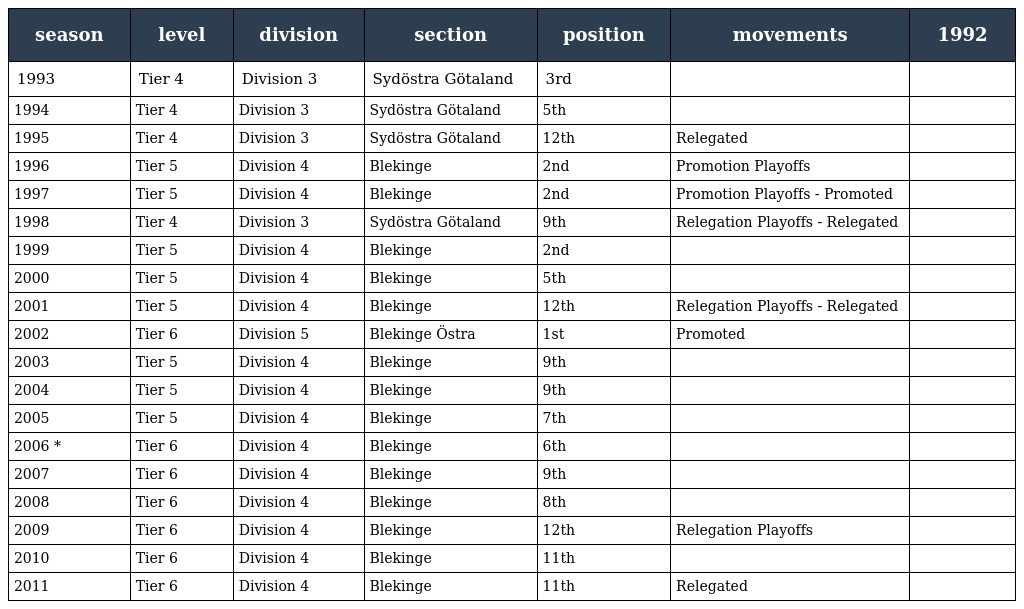
| season | level | division | section | position | movements | 1992 |
 | --- | --- | --- | --- | --- | --- | --- |
 | 1993 | Tier 4 | Division 3 | Sydöstra Götaland | 3rd |  |  |
 | 1994 | Tier 4 | Division 3 | Sydöstra Götaland | 5th |  |  |
 | 1995 | Tier 4 | Division 3 | Sydöstra Götaland | 12th | Relegated |  |
 | 1996 | Tier 5 | Division 4 | Blekinge | 2nd | Promotion Playoffs |  |
 | 1997 | Tier 5 | Division 4 | Blekinge | 2nd | Promotion Playoffs - Promoted |  |
 | 1998 | Tier 4 | Division 3 | Sydöstra Götaland | 9th | Relegation Playoffs - Relegated |  |
 | 1999 | Tier 5 | Division 4 | Blekinge | 2nd |  |  |
 | 2000 | Tier 5 | Division 4 | Blekinge | 5th |  |  |
 | 2001 | Tier 5 | Division 4 | Blekinge | 12th | Relegation Playoffs - Relegated |  |
 | 2002 | Tier 6 | Division 5 | Blekinge Östra | 1st | Promoted |  |
 | 2003 | Tier 5 | Division 4 | Blekinge | 9th |  |  |
 | 2004 | Tier 5 | Division 4 | Blekinge | 9th |  |  |
 | 2005 | Tier 5 | Division 4 | Blekinge | 7th |  |  |
 | 2006 * | Tier 6 | Division 4 | Blekinge | 6th |  |  |
 | 2007 | Tier 6 | Division 4 | Blekinge | 9th |  |  |
 | 2008 | Tier 6 | Division 4 | Blekinge | 8th |  |  |
 | 2009 | Tier 6 | Division 4 | Blekinge | 12th | Relegation Playoffs |  |
 | 2010 | Tier 6 | Division 4 | Blekinge | 11th |  |  |
 | 2011 | Tier 6 | Division 4 | Blekinge | 11th | Relegated |  |